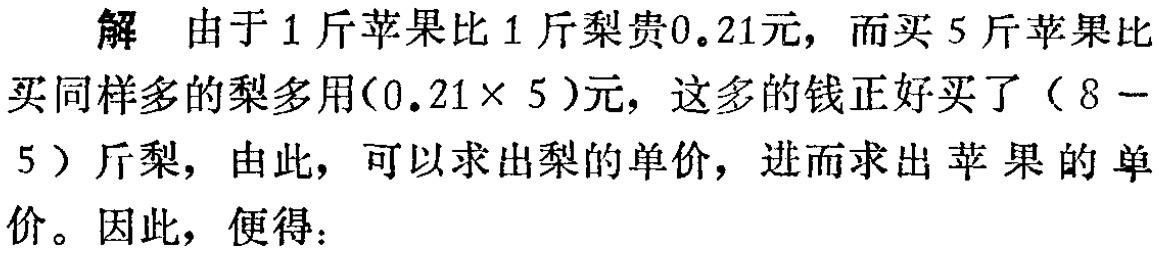
解 由于1斤苹果比1斤梨贵0.21元，而买5斤苹果比买同样多的梨多用\((0.21\times 5)\)元，这多的钱正好买了\((8 - 5)\)斤梨，由此，可以求出梨的单价，进而求出苹果的单价。因此，便得：